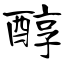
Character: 醇